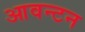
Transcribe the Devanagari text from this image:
आवन्टन